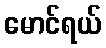
မောင်ရယ်